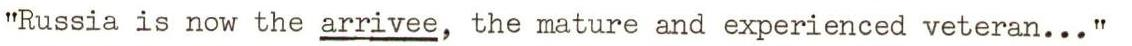
"Russia is now the arrivee, the mature and experienced veteran..."